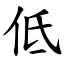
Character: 低